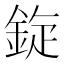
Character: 𫒡